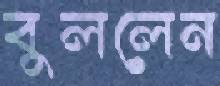
বুললেন